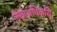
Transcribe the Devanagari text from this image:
लेखाअधिकारी